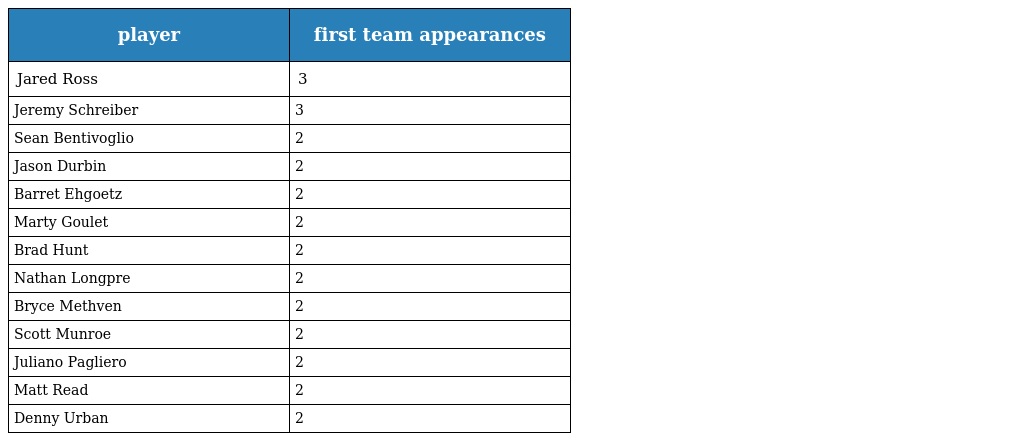
| player | first team appearances |
 | --- | --- |
 | Jared Ross | 3 |
 | Jeremy Schreiber | 3 |
 | Sean Bentivoglio | 2 |
 | Jason Durbin | 2 |
 | Barret Ehgoetz | 2 |
 | Marty Goulet | 2 |
 | Brad Hunt | 2 |
 | Nathan Longpre | 2 |
 | Bryce Methven | 2 |
 | Scott Munroe | 2 |
 | Juliano Pagliero | 2 |
 | Matt Read | 2 |
 | Denny Urban | 2 |